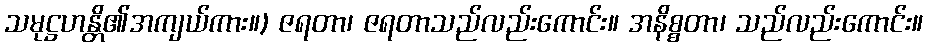
သမုဋ္ဌဟန္တိ၏အကျယ်ကား။) ဇရတာ၊ ဇရတာသည်လည်းကောင်း။ အနိစ္စတာ၊ သည်လည်းကောင်း။